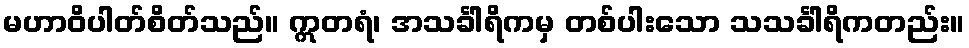
မဟာဝိပါတ်စိတ်သည်။ ဣတရံ၊ အသင်္ခါရိကမှ တစ်ပါးသော သသင်္ခါရိကတည်း။